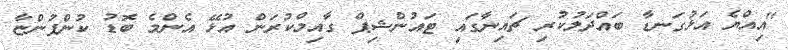
"އިއްޔެ އަޅުގަނޑާ ބައްދަލުކުރި ޗައިނާގައި ޓައުންޝިޕް ގާއިމްކުރަން އުޅޭ އެންމެ ބޮޑު ކުންފުންޏާ